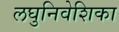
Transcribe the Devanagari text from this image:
लघुनिवेशिका